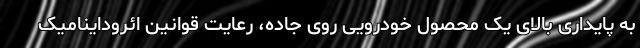
به پایداری بالای یک محصول خودرویی روی جاده، رعایت قوانین ائروداینامیک